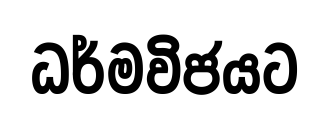
ධර්මවිජයට